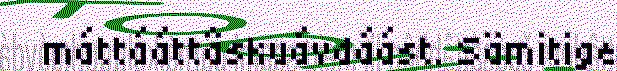
máttááttâskuávdáást. Sämitige